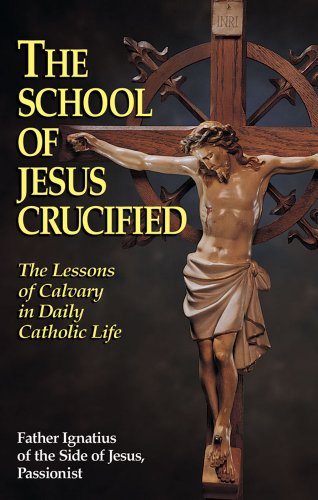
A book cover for The School of Jesus Crucified: The Lessons of Calvary in Daily Catholic Life; Rev. Fr. Ignatius of Side of Jesus Passionist; Christian Books & Bibles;